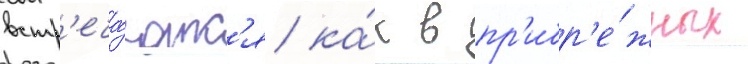
встр'еча́ютс'я ка́к в пр'ибр'е́жных